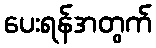
ပေးရန်အတွက်